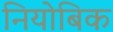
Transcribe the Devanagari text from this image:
नियोबिक